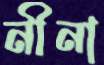
নীনা